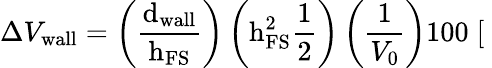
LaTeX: \Delta V_{\mathrm{wall}}=\left(\frac{\mathrm{d}_{\mathrm{wall}}}{\mathrm{h}_{\mathrm{FS}}}\right)\left(\mathrm{h}_{\mathrm{FS}}^{2}\frac{1}{2}\right)\left(\frac{1}{V_{0}}\right)100\; [\